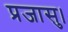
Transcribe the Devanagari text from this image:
प्रजासु।